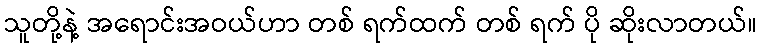
သူတို့နဲ့ အရောင်းအဝယ်ဟာ တစ် ရက်ထက် တစ် ရက် ပို ဆိုးလာတယ်။